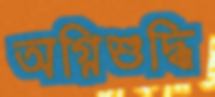
অগ্নিশুদ্ধি